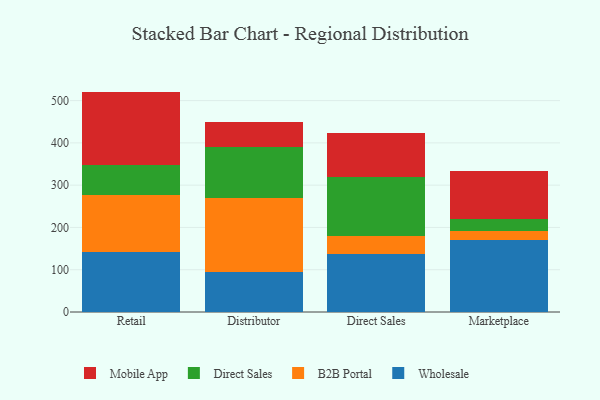
{"axis": {"x": "Channel", "y": "Humidity (%)"}, "legend": ["B2B Portal", "Direct Sales", "Mobile App", "Wholesale"], "data": [{"x": "Retail", "y": 142.4, "type": "Wholesale"}, {"x": "Retail", "y": 134.1, "type": "B2B Portal"}, {"x": "Retail", "y": 70.6, "type": "Direct Sales"}, {"x": "Retail", "y": 174.2, "type": "Mobile App"}, {"x": "Distributor", "y": 94.3, "type": "Wholesale"}, {"x": "Distributor", "y": 176.0, "type": "B2B Portal"}, {"x": "Distributor", "y": 120.7, "type": "Direct Sales"}, {"x": "Distributor", "y": 57.4, "type": "Mobile App"}, {"x": "Direct Sales", "y": 138.1, "type": "Wholesale"}, {"x": "Direct Sales", "y": 40.9, "type": "B2B Portal"}, {"x": "Direct Sales", "y": 140.9, "type": "Direct Sales"}, {"x": "Direct Sales", "y": 104.5, "type": "Mobile App"}, {"x": "Marketplace", "y": 170.4, "type": "Wholesale"}, {"x": "Marketplace", "y": 20.9, "type": "B2B Portal"}, {"x": "Marketplace", "y": 27.8, "type": "Direct Sales"}, {"x": "Marketplace", "y": 114.6, "type": "Mobile App"}]}